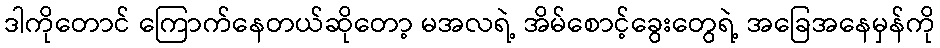
ဒါကိုတောင် ကြောက်နေတယ်ဆိုတော့ မအလရဲ့ အိမ်စောင့်ခွေးတွေရဲ့ အခြေအနေမှန်ကို